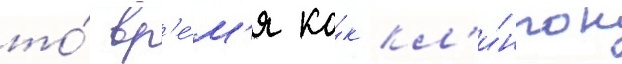
то́ вр'е́м'я ка́к кл'и́нтон